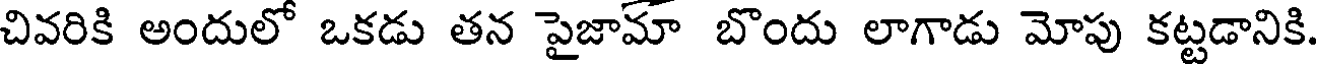
చివరికి అందులో ఒకడు తన పైజామా బొందు లాగాడు మోపు కట్టడానికి